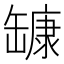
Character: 𰭅